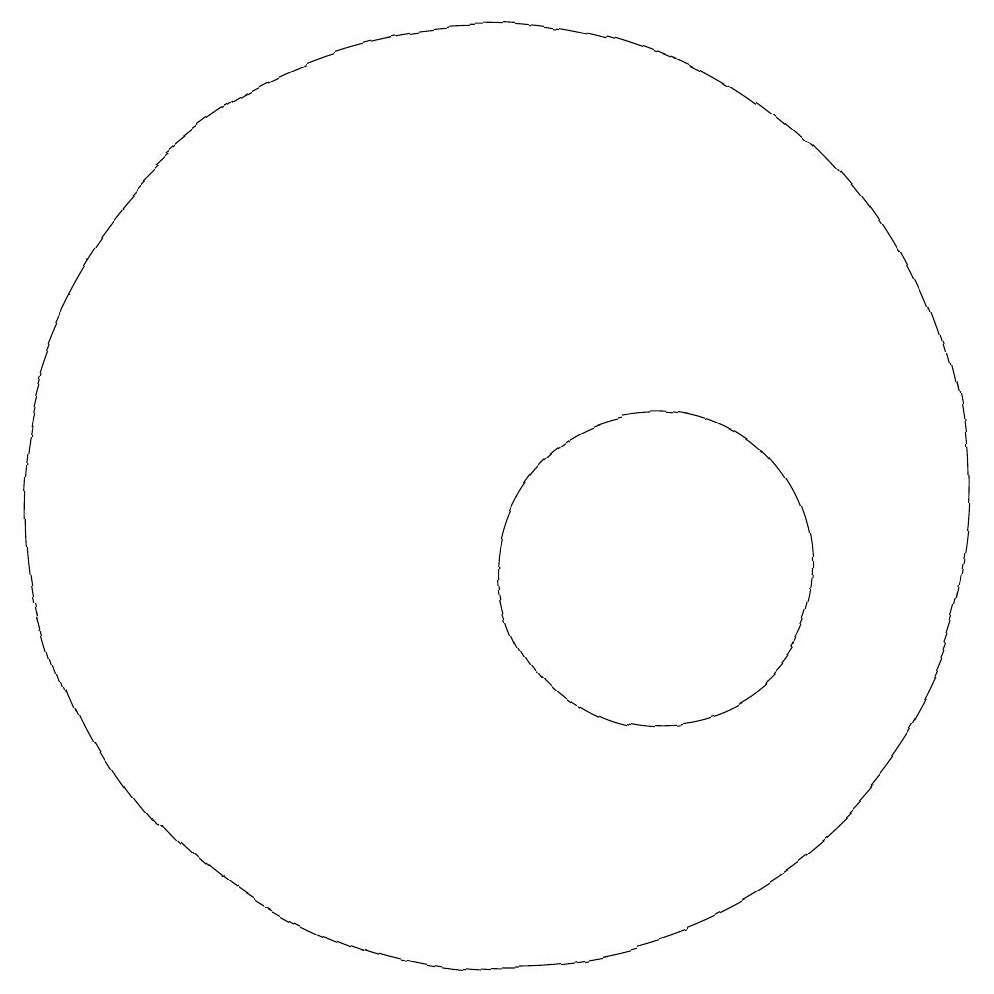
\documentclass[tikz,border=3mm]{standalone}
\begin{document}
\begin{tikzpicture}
\draw (12,10) circle (2);
\draw (10,11) circle (6);
\draw (9,15) rectangle (9,15);
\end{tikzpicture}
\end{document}